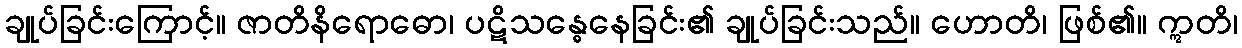
ချုပ်ခြင်းကြောင့်။ ဇာတိနိရောဓော၊ ပဋိသန္ဓေနေခြင်း၏ ချုပ်ခြင်းသည်။ ဟောတိ၊ ဖြစ်၏။ ဣတိ၊